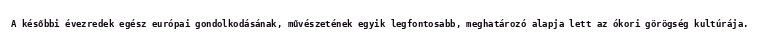
A későbbi évezredek egész európai gondolkodásának, művészetének egyik legfontosabb, meghatározó alapja lett az ókori görögség kultúrája.